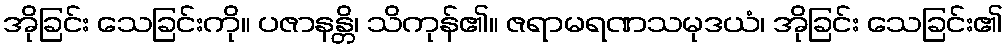
အိုခြင်း သေခြင်းကို။ ပဇာနန္တိ၊ သိကုန်၏။ ဇရာမရဏသမုဒယံ၊ အိုခြင်း သေခြင်း၏